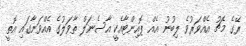
ރޭގެ މެޗު އެއްވަރުވެ ލިބުނު އެއް ޕޮއިންޓާއެކީ އާސެނަލް ތާވަލުގެ އެއްވަނާގައި އޮތީ